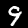
Digit: 9